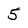
Character: 5